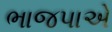
ભાજપાએ